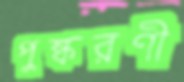
পুষ্করণী